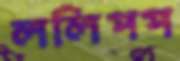
ললিপপ